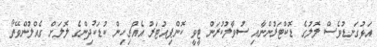
އަޅުގަނޑުވެސް ލޮލުގެ ޑޮކްޓަރުންނާއި ސުވާލުކުރަން ޓީވީ ކޮންޕިއުޓަރު އެއްޗިހިން ކުޑަކުދިންގެ ލޮލަށް ގެއްލުންވޭތޯ